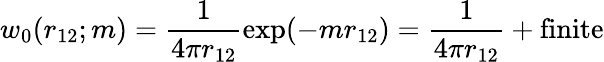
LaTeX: w_{0}(r_{12};m)=\frac{1}{4\pi r_{12}}\exp(-mr_{12})=\frac 1{4\pi r_{12}}+\mathrm{finite}